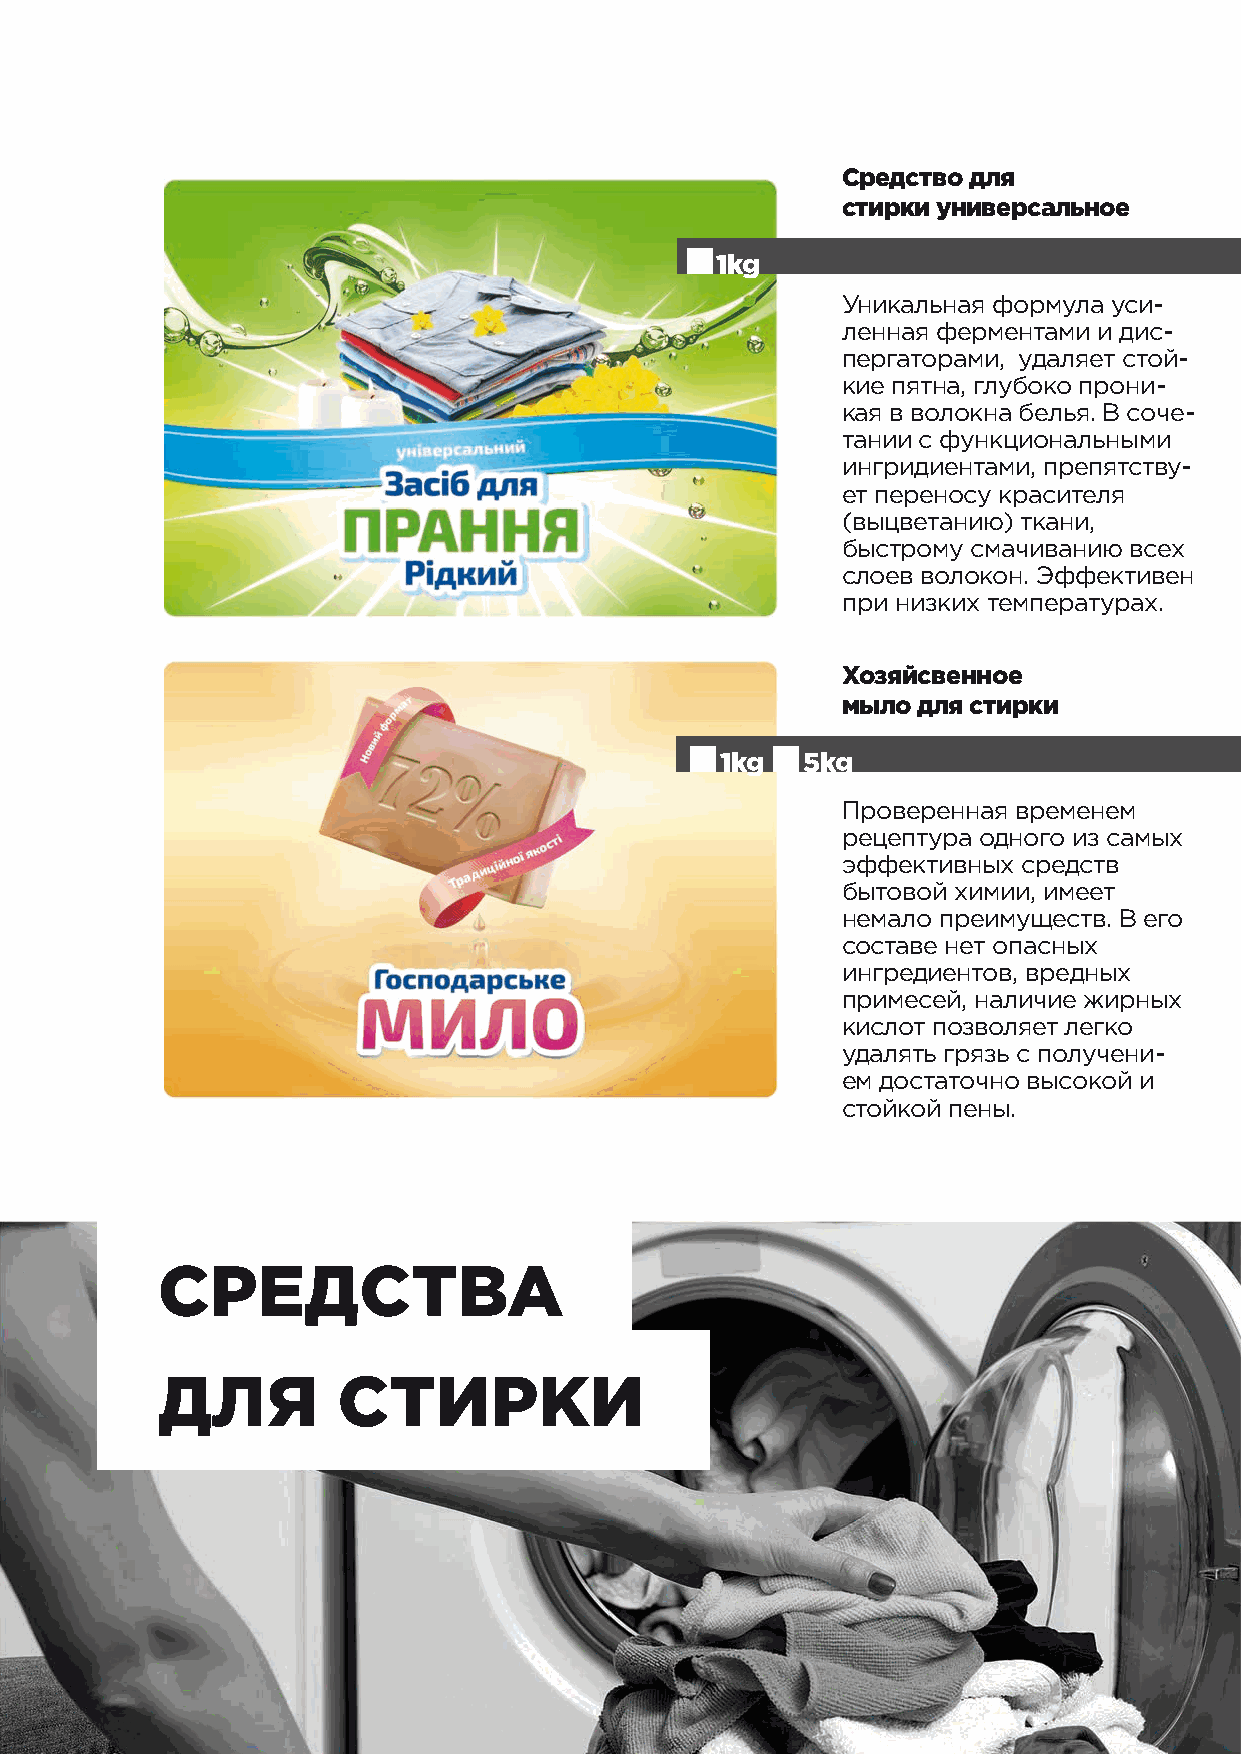
Средство для
 cтирки универсальное
 1kg
 Уникальная формула уси-
 ленная ферментами и дис-
 пергаторами, удаляет стой-
 кие пятна, глубоко прони-
 кая в волокна белья. В соче-
 тании с функциональными
 ингридиентами, препятству-
 ет переносу красителя
 (выцветанию) ткани,
 быстрому смачиванию всех
 слоев волокон. Эффективен
 при низких температурах.
 Хозяйсвенное
 мыло для стирки
 1kg  5kg
 Проверенная временем
 рецептура одного из самых
 эффективных средств
 бытовой химии, имеет
 немало преимуществ. В его
 составе нет опасных
 ингредиентов, вредных
 примесей, наличие жирных
 кислот позволяет легко
 удалять грязь с получени-
 ем достаточно высокой и
 стойкой пены.
 CРЕДСТВА
 ДЛЯ         СТИРКИ